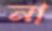
না